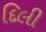
દિલી